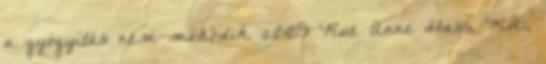
a gyógyítás nem mőködik 2009 Rue Anne Hass, M.A.,